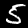
Digit: 5